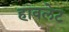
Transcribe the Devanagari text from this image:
हावलेट